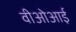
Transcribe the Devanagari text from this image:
वीओआई